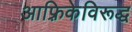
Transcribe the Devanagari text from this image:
आफ़्रिकेविरूद्ध